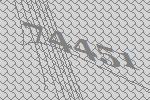
74451